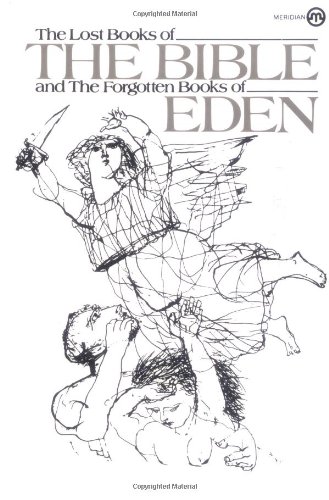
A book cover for The Lost Books of the Bible and the Forgotten Books of Eden (Meridian); Anonymous; Christian Books & Bibles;